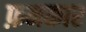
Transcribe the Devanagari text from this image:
फ़नकार